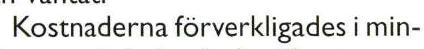
Kostnaderna förverkligades i min-